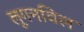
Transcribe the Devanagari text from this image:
लूगनविल